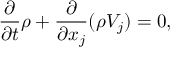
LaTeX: { \frac { \partial } { \partial t } } \rho + { \frac { \partial } { \partial x _ { j } } } ( \rho V _ { j } ) = 0 ,